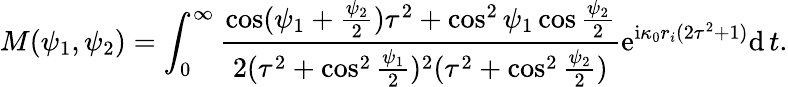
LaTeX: M(\psi_{1},\psi_{2})=\int_{0}^{\infty}\frac{\cos(\psi_{1}+\frac{\psi_{2}}{2})\tau^{2}+\cos^{2}\psi_{1}\cos\frac{\psi_{2}}{2}}{2(\tau^{2}+\cos^{2}\frac{\psi_{1}}{2})^{2}(\tau^{2}+\cos^{2}\frac{\psi_{2}}{2})}\mathrm{e}^{\mathrm{i}\kappa_{0}r_{i}(2\tau^{2}+1)}\mathrm{d}\, t.